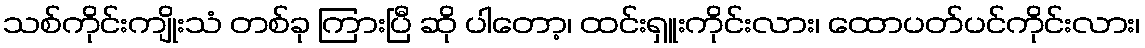
သစ်ကိုင်းကျိုးသံ တစ်ခု ကြားပြီ ဆို ပါတော့၊ ထင်းရှူးကိုင်းလား၊ ထောပတ်ပင်ကိုင်းလား၊